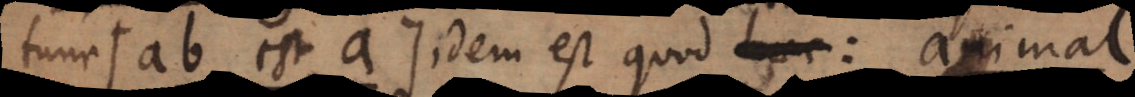
tunc ab est a idem est quod: animal